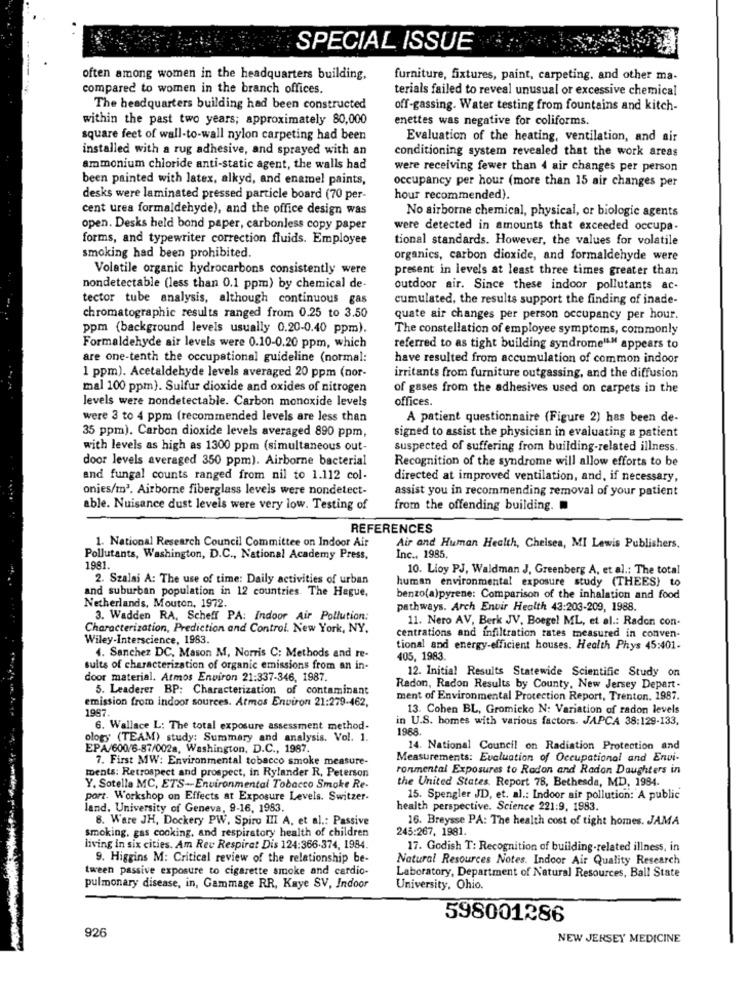
SPECIAL ISSUE
often among women in the headquarters building,
furniture, fixtures, paint, carpeting, and other ma-
compared to women in the branch offices.
terials failed to reveal unusual or excessive chemical
The headquarters building had been constructed
off-gassing. Water testing from fountains and kitch-
within the past two years; approximately 80,000
enettes was negative for coliforms.
square feet of wall-to-wall nylon carpeting had been
Evaluation of the heating, ventilation, and air
installed with a rug adhesive, and sprayed with an
conditioning system revealed that the work areas
ammonium chloride anti-static agent, the walls had
were receiving fewer than 4 air changes per person
been painted with latex, alkyd, and enamel paints,
occupancy per hour (more than 15 air changes per
desks were laminated pressed particle board (70 per-
hour recommended).
cent urea formaldehyde), and the office design was
No airborne chemical, physical, or biologic agents
open. Desks held bond paper, carbonless copy paper
were detected in amounts that exceeded occupa-
forms, and typewriter correction fluids. Employee
tional standards. However, the values for volatile
smoking had been prohibited.
organics, carbon dioxide, and formaldehyde were
Volatile organic hydrocarbons consistently were
present in levels at least three times greater than
nondetectable (less than 0.1 ppm) by chemical de-
outdoor air. Since these indoor pollutants ac-
tector tube analysis, although continuous gas
cumulated, the results support the finding of inade-
-. ..
chromatographic results ranged from 0.25 to 3.50
quate air changes per person occupancy per hour.
ppm (background levels usually 0.20-0.40 ppm).
The constellation of employee symptoms, commonly
Formaldehyde air levels were 0.10-0.20 ppm, which
referred to as tight building syndrome"" appears to
are one-tenth the occupational guideline (normal:
have resulted from accumulation of common indoor
1 ppm). Acetaldehyde levels averaged 20 ppm (nor-
irritants from furniture outgassing, and the diffusion
mal 100 ppm). Sulfur dioxide and oxides of nitrogen
of gases from the adhesives used on carpets in the
levels were nondetectable. Carbon monoxide levels
offices.
were 3 to 4 ppm (recommended levels are less than
A patient questionnaire (Figure 2) has been de-
35 ppm). Carbon dioxide levels averaged 890 ppm,
signed to assist the physician in evaluating a patient
with levels as high as 1300 ppm (simultaneous out-
suspected of suffering from building-related illness.
door levels averaged 350 ppm). Airborne bacterial
Recognition of the syndrome will allow efforts to be
and fungal counts ranged from nil to 1.112 col.
directed at improved ventilation, and, if necessary,
onies/m3. Airborne fiberglass levels were nondetect-
assist you in recommending removal of your patient
able. Nuisance dust levels were very low. Testing of
from the offending building.
REFERENCES
1. National Research Council Committee on Indoor Air
Air and Human Health, Chelsea, MI Lewis Publishers,
Pollutants, Washington, D.C ., National Academy Press,
Inc ., 1985.
1981.
10. Lioy PJ, Waldman J. Greenberg A, et al .: The total
2. Szalai A: The use of time: Daily activities of urban
human environmental exposure study (THEES) to
and suburban population in 12 countries. The Hague,
benzo(a)pyrene: Comparison of the inhalation and food
Netherlands, Mouton, 1972.
pathways. Arch Envir Health 43:203-209, 1988.
3. Wadden RA, Scheff PA: Indoor Air Pollution:
11. Nero AV, Berk JV, Boege! ML, et al .: Radon con-
Characterization, Prediction and Control. New York, NY.
Wiley-Interscience, 1983.
centrations and infiltration rates measured in conven-
tional and energy-efficient houses. Health Phys 45:401-
4. Sanchez DC, Mason M, Norris C: Methods and re-
405, 1983.
sults of characterization of organic emissions from an in-
12. Initial Results Statewide Scientific Study on
door material. Atmos Environ 21:337-346, 1987.
5. Leaderer BP: Characterization of contaminant
Radon, Radon Results by County, New Jersey Depart-
emission from indoor sources. Atmos Environ 21:279-462,
ment of Environmental Protection Report, Trenton. 1987.
1957.
13. Cohen BL, Gromicko N: Variation of radon levels
in U.S. homes with various factors. JAPCA 38:129-133,
6. Wallace L: The total exposure assessment method-
1988
ology (TEAM) study: Summary and analysis. Vol. 1.
EPA/600/6-87/002a, Washington, D.C ., 1987.
14. National Council on Radiation Protection and
7. First MW: Environmental tobacco smoke measure-
Measurements: Evaluation of Occupational and Envi-
ments: Retrospect and prospect, in Rylander R, Peterson
ronmental Exposures to Radon and Radon Daughters in
the United States. Report 78, Bethesda, MD, 1984.
Y. Sotella MC, ETS-Environmental Tobacco Smoke Re-
port. Workshop on Effects at Exposure Levels. Switzer-
15. Spengler JD, et. al .: Indoor air pollution: A public
land. University of Geneva, 9-16, 1983.
health perspective. Science 221:9, 1983.
8. Ware JH, Dockery PW, Spiro III A. et al .: Passive
16. Breysse PA: The health cost of tight homes. JAMA
smoking, gas cooking, and respiratory health of children
245:267, 1981.
living in six cities. Am Reu Respirat Dis 124:366-374, 1984.
17. Godish T: Recognition of building-related illness, in
9. Higgins M: Critical review of the relationship be-
Natural Resources Notes. Indoor Air Quality Research
tween passive exposure to cigarette smoke and cardio-
Laboratory, Department of Natural Resources, Ball State
pulmonary disease, in, Gammage RR, Kaye SV, Indoor
University, Ohio
598001286
926
NEW JERSEY MEDICINE